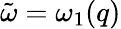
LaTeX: {\tilde{\omega}}=\omega_{1}(q)